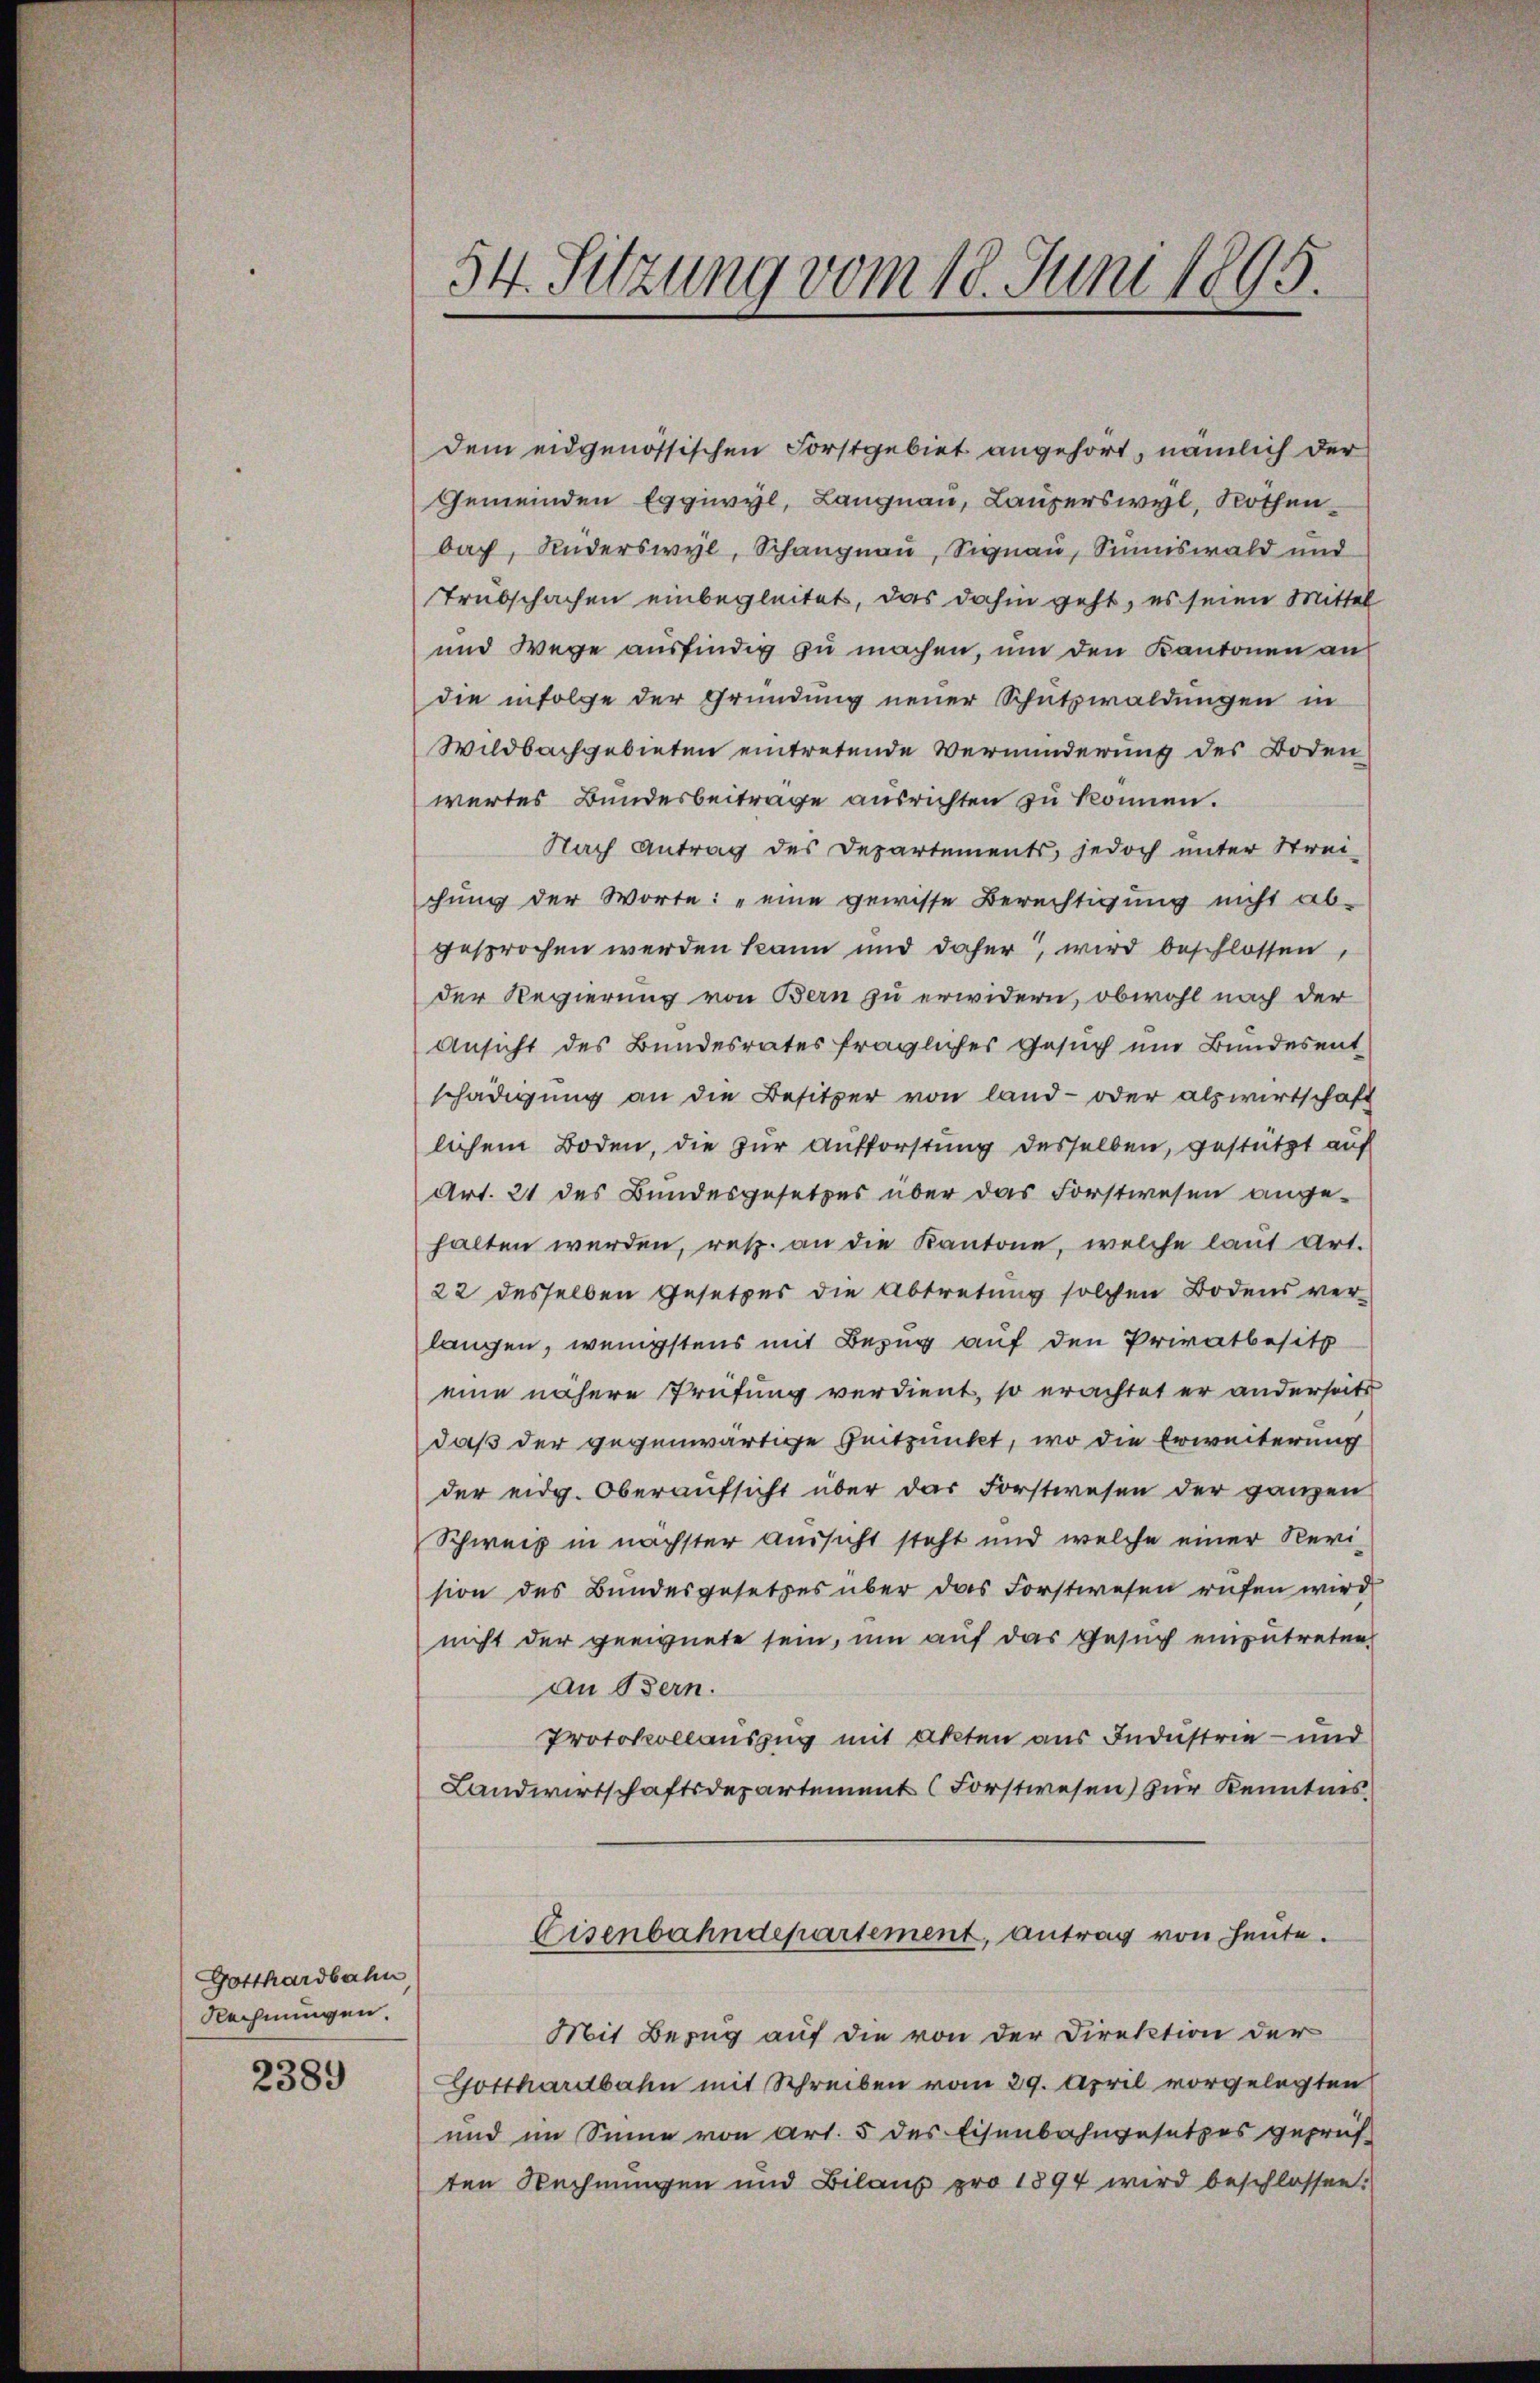
Gotthardbahn
Rechnungen.

2389

dem eidgenössischen Forstgebiet angehört, nämlich der
Gemeinden Eggiwyl, Langnau, Lauperswyl, Rothen
bach, Anderswyl, Schangnau, Signau, Sinnswald und
Trübschafen einbegleitet, das dahin geht, es seien Mittel
und Wege ausfindig zu machen, um den Kantonen an
die infolge der Gründung neuer Schutzwaldungen in
Wildbachgebieten eintretende Verminderung des Boden
wertes Bundesbeitrage ausrichten zu können.
Nach Antrag des Departements, jedoch unter Strei-
chung der Worte: „eine gewisse Berechtigung nicht ab-
gesprochen werden kann und dafür, wird beschlossen
der Regierung von Bern zu erwidern, obwohl nach der
Ansicht des Bundesrates fragliches Gesuch ein Bundesent
schädigung an die Besitzer von land- oder alswirtschaft
lichem Boden, die zur Aufforstung desselben, gestützt auf
Art. 21 des Bundesgesetzes über das Forstwesen angehalten werden, resp. an die Kantone, welche laut Art.
22 desselben Gesetzes die Abtretung solchen Bodens verlangen, wenigstens mit Bezug auf den Privatbesitz
eine nähere Prüfung verdient, so erachtet er anderseits
daß der gegenwärtige Zeitpunkt, wo die Erweiterung
der eidg. Oberaufsicht über das Forstwesen der ganzen
Schweiz in nächster aussicht steht und welche einer Revi-
sion des Bundesgesetzes über das Forstwesen rufen wird
nicht der geeignete sein, um auf das Gesuch einzutreten
an Bern.
Protokollauszug mit akten aus Industrie - und
Landwirtschaftsdepartement (Forstwesen) zur Kenntnis
Eisenbahndepartement, antrag von heute.
Mit Bezug auf die von der Direktion der
Gotthardbahn mit Schreiben vom 29. April vorgelegten
und im Sinne von Art. 5 des Eisenbahngesetzes geprüf
ten Rechnungen und Bilanz pro 1894 wird beschlossen:

54. Sitzung vom 18. Juni 1895.